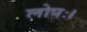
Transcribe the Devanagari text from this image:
लोपः।